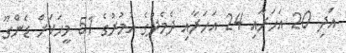
އަދި 20 އަހަރާއި 24 އަހަރާއި ދެމެދުގެ އުމުރުގެ 51 މީހަކަށް ޑެންގޫ